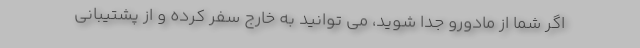
اگر شما از مادورو جدا شوید، می توانید به خارج سفر کرده و از پشتیبانی